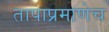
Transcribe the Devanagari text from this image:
तापाप्रमाणेच